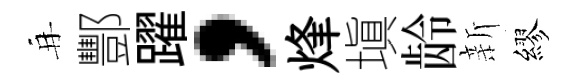
再酆躍，烽塡龄新繆